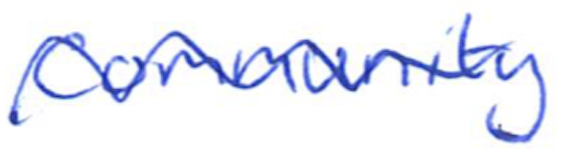
Text: community
Cross-out: wave
Writing tool: ballpoint